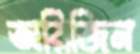
অরিজিন